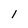
Character: l